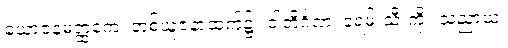
ယောဇနမတ္ထကေ၊ တစ်ယူဇနာထက်၌။ ဝါတိင်္ဂဏံ၊ ခရမ်းသီးကို။ သညာယ၊